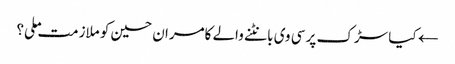
← کیا سڑک پر سی وی بانٹنے والے کامران حسین کو ملازمت ملی؟